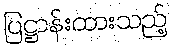
ပြဋ္ဌာန်းထားသည့်